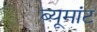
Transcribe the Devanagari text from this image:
ब्यूमांट